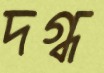
দগ্ধ